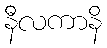
နီလကာနိ